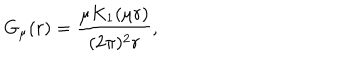
G _ { \mu } ( r ) = \frac { \mu K _ { 1 } ( \mu r ) } { ( 2 \pi ) ^ { 2 } r } ,